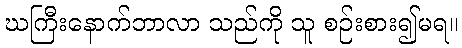
ဃကြီးနောက်ဘာလာ သည်ကို သူ စဉ်းစား၍မရ။